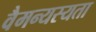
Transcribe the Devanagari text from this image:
वैमन्यस्यता